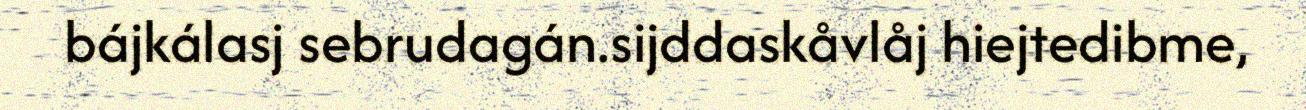
bájkálasj sebrudagán.sijddaskåvlåj hiejtedibme,